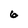
Character: 6